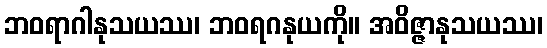
ဘဝရာဂါနုသယဿ၊ ဘဝရဂနုယကို။ အဝိဇ္ဇာနုသယဿ၊